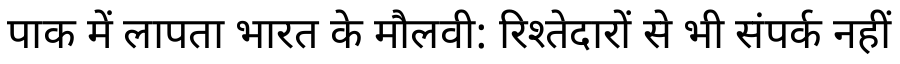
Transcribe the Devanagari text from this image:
पाक में लापता भारत के मौलवी: रिश्तेदारों से भी संपर्क नहीं